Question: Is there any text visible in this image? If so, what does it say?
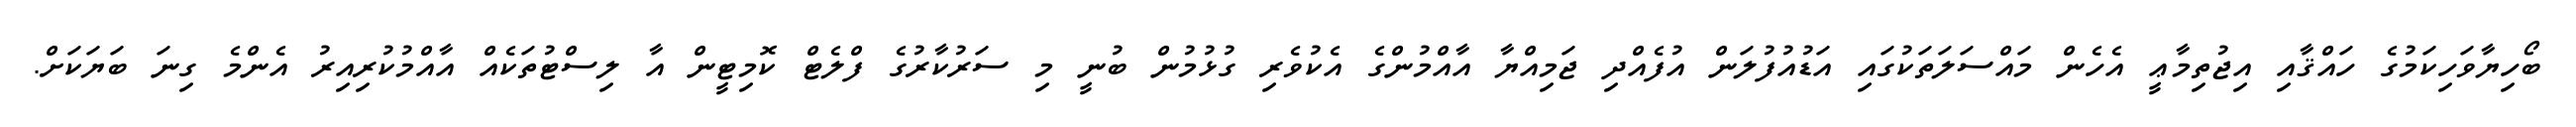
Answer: ބޯހިޔާވަހިކަމުގެ ހައްޤާއި އިޖުތިމާޢީ އެހެން މައްސަލަތަކުގައި އަޑުއުފުލަން އުފެއްދި ޖަމިއްޔާ އާއްމުންގެ އެކުވެރި ގުޅުމުން ބުނީ މި ސަރުކާރުގެ ފްލެޓް ކޮމިޓީން އާ ލިސްޓުތަކެއް އާއްމުކުރިއިރު އެންމެ ގިނަ ބަޔަކަށް.